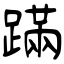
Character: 蹣